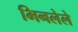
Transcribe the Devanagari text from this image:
भिनलेले